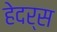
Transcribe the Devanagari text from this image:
हेदर्स